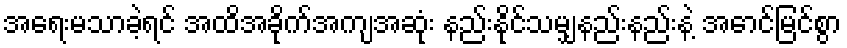
အရေးမသာခဲ့ရင် အထိအခိုက်အကျအဆုံး နည်းနိုင်သမျှနည်းနည်းနဲ့ အောင်မြင်စွာ